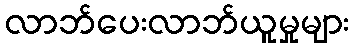
လာဘ်ပေးလာဘ်ယူမှုများ